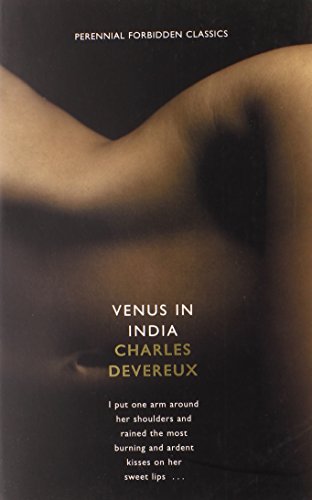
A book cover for Venus in India (Harper Perennial Forbidden Classics); Charles Devereaux; Romance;